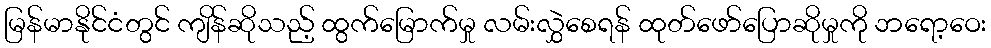
မြန်မာနိုင်ငံတွင် ကျိန်ဆိုသည့် ထွက်မြောက်မှု လမ်းလွှဲစေရန် ထုတ်ဖော်ပြောဆိုမှုကို ဘရော့ဝေး